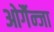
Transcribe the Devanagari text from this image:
ओर्गैन्जा